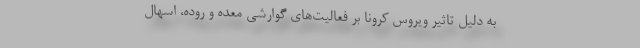
به دلیل تاثیر ویروس کرونا بر فعالیت‌های گوارشی معده و روده، اسهال